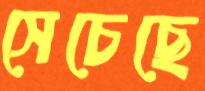
সেচেছে